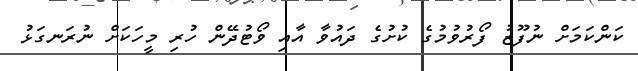
ކަންކަމަށް ނުފޫޒު ފޯރުވުމުގެ ކުށުގެ ދައުވާ އާއި ވޯޓުދޭން ހުރި މީހަކަށް ނުރަނގަޅު